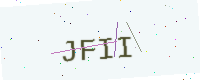
Text: JFII